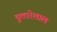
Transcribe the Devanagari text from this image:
दुलारेलाल